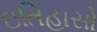
ઇતિહાસો